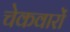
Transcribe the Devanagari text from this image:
चेकवारों